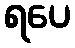
ရပေ